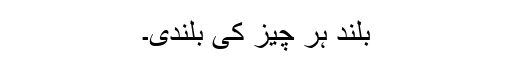
بلند ہر چیز کی بلندی۔